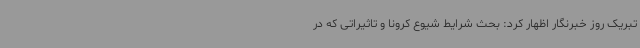
تبریک روز خبرنگار اظهار کرد: بحث شرایط شیوع کرونا و تاثیراتی که در